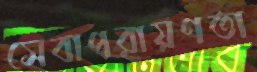
সেবাপরায়ণতা